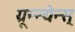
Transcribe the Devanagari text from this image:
ग्रून्न्येन्स्